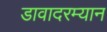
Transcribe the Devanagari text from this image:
डावादरम्यान